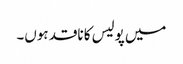
میں پولیس کا ناقد ہوں۔